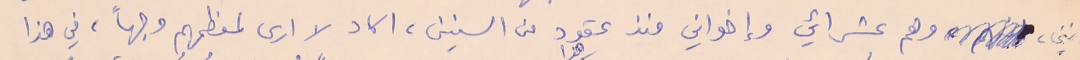
انني، وهم عشرائي وإخواني منذ عقود من السنين، اكاد لا ارى لمعظمهم وجهاً، في هذا